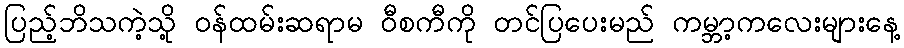
ပြည့်ဘိသကဲ့သို့ ဝန်ထမ်းဆရာမ ဝီစကီကို တင်ပြပေးမည် ကမ္ဘာ့ကလေးများနေ့